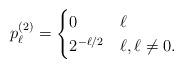
LaTeX: \begin{align*}p_{\ell}^{(2)} = \begin{cases}0 & \ell \\2^{-\ell/2} & \ell , \ell \neq 0.\end{cases}\end{align*}